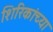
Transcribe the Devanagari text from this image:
शिरिकांच्या